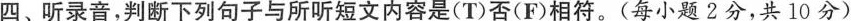
四、听录音,判断下列句子与所听短文内容是(T)否(F)相符.(每小题2分,共 10 分)